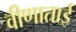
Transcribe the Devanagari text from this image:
वीणाताई